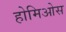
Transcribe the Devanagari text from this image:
होमिओस